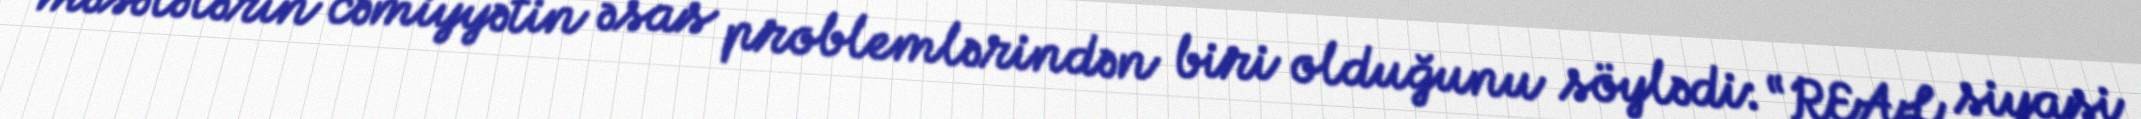
məsələlərin cəmiyyətin əsas problemlərindən biri olduğunu söylədi: “REAL siyasi